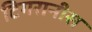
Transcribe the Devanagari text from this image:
टिगरानीस